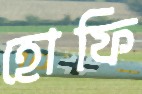
হোফি